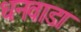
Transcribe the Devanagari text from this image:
धनवाडा